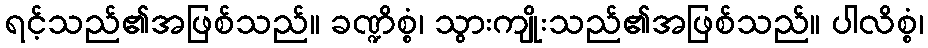
ရင့်သည်၏အဖြစ်သည်။ ခဏ္ဍိစ္စံ၊ သွားကျိုးသည်၏အဖြစ်သည်။ ပါလိစ္စံ၊